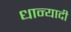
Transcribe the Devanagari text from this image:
धान्यादी